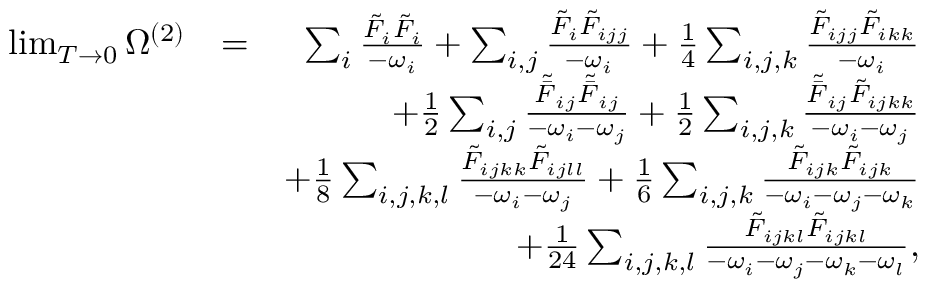
\begin{array} { r l r } { \operatorname* { l i m } _ { T \to 0 } \Omega ^ { ( 2 ) } } & { = } & { \sum _ { i } \frac { \tilde { F } _ { i } \tilde { F } _ { i } } { - \omega _ { i } } + \sum _ { i , j } \frac { \tilde { F } _ { i } \tilde { F } _ { i j j } } { - \omega _ { i } } + \frac { 1 } { 4 } \sum _ { i , j , k } \frac { \tilde { F } _ { i j j } \tilde { F } _ { i k k } } { - \omega _ { i } } } \\ & { } & { + \frac { 1 } { 2 } \sum _ { i , j } \frac { \tilde { \bar { F } } _ { i j } \tilde { \bar { F } } _ { i j } } { - \omega _ { i } - \omega _ { j } } + \frac { 1 } { 2 } \sum _ { i , j , k } \frac { \tilde { \bar { F } } _ { i j } \tilde { F } _ { i j k k } } { - \omega _ { i } - \omega _ { j } } } \\ & { } & { + \frac { 1 } { 8 } \sum _ { i , j , k , l } \frac { \tilde { F } _ { i j k k } \tilde { F } _ { i j l l } } { - \omega _ { i } - \omega _ { j } } + \frac { 1 } { 6 } \sum _ { i , j , k } \frac { \tilde { F } _ { i j k } \tilde { F } _ { i j k } } { - \omega _ { i } - \omega _ { j } - \omega _ { k } } } \\ & { } & { + \frac { 1 } { 2 4 } \sum _ { i , j , k , l } \frac { \tilde { F } _ { i j k l } \tilde { F } _ { i j k l } } { { - \omega _ { i } - \omega _ { j } - \omega _ { k } - \omega _ { l } } } , } \end{array}